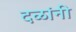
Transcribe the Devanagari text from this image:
दळांनी